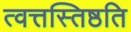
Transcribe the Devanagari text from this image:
त्वत्तस्तिष्ठति